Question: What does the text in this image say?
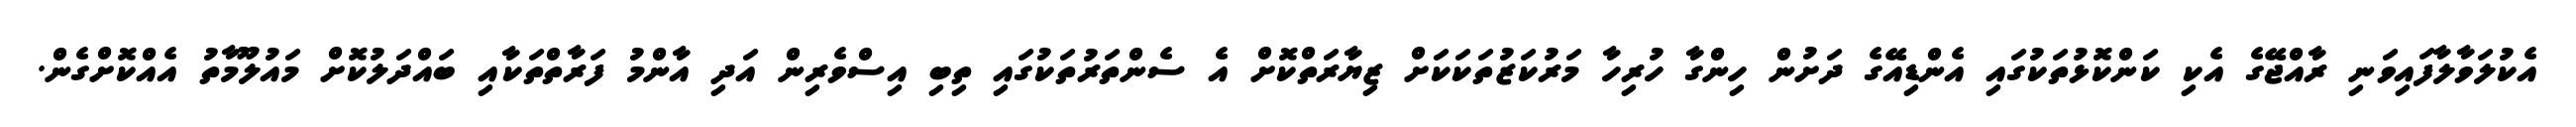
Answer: އެކުލަވާލާފައިވަނި ރާއްޖޭގެ އެކި ކަންކޮޅުތަކުގައި އެންޑިއޭގެ ދަށުން ހިންގާ ހުރިހާ މަރުކަޒުތަކަކަށް ޒިޔާރަތްކޮށް އެ ސެންތަރުތަކުގައި ތިބި އިސްވެރިން އަދި އާންމު ފަރާތްތަކާއި ބައްދަލުކޮށް މައުލޫމާތު އެއްކޮށްގެން.